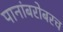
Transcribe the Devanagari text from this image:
पानांबरोबरच